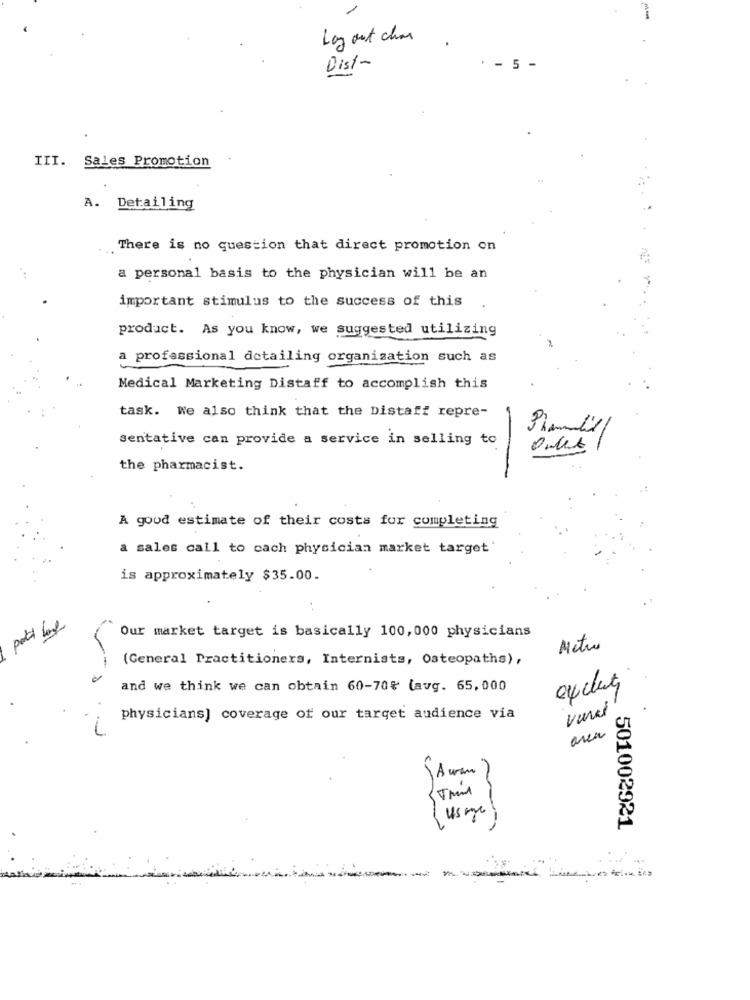
Lay out chas
Dist-
- 5 -
III. Sales Promotion
A. Detailing
There is no question that direct promotion on
a personal basis to the physician will be an
important stimulus to the success of this
product. As you know, we suggested utilizing
a professional detailing organization such as
Medical Marketing Distaff to accomplish this
task. We also think that the Distaff repre-
Phami'll
sentative can provide a service in selling to
the pharmacist.
A good estimate of their costs for completing
a sales call to cach physician market target'
is approximately $35.00.
Our market target is basically 100,000 physicians
Metro
(General Practitioners, Internists, Osteopaths),
and we think we can obtain 60-70% lavg. 65,000
exclut
vural
physicians] coverage of our target audience via
area
Strand
501002921
-
----------